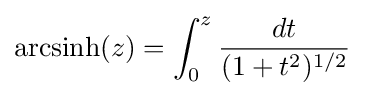
{\text{arcsinh}}(z)=\int _{0}^{z}{\frac {dt}{(1+t^{2})^{1/2}}}